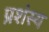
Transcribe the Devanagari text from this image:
प्रशंस्य